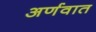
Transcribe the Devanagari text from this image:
अर्णवात